Notes on vaccination in the North-West Frontier Province 1923-1928 - 1923-1928
Year: 1923
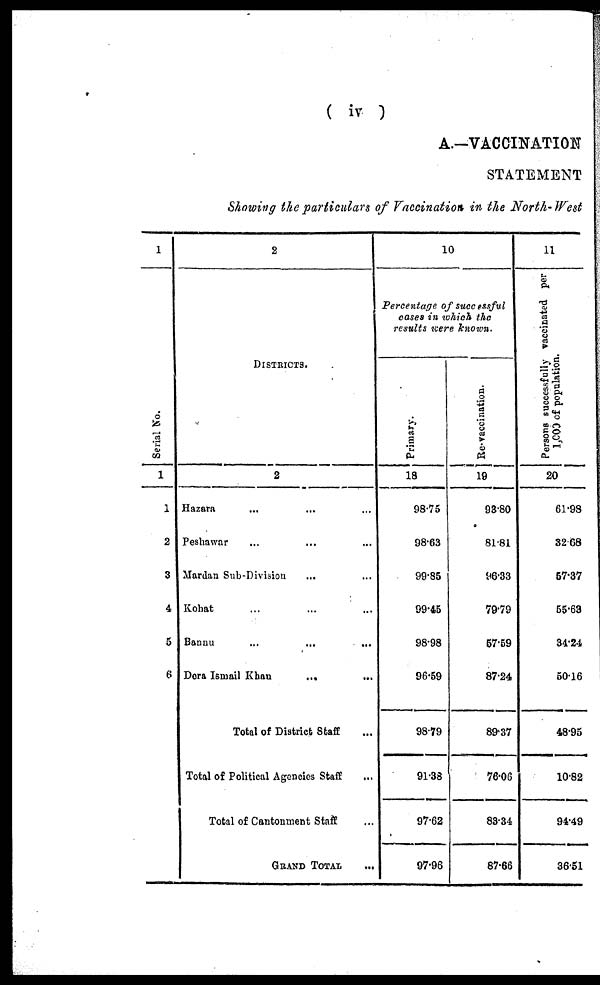
( iv )
A.—VACCINATION
STATEMENT
Showing the particulars of Vaccination in the North-West
1
Serial No.
1
1
2
3
4
5
6
DISTRICTS.
2
Hazara ... ... ...
Peshawar ... ... ...
Mardan Sub-Division ... ...
Kohat ... ... ...
Bannu
...
...
...
Dera Ismail Khan
... ...
Total of District Staff ...
Total of Political Agencies Staff ...
Total of Cantonment Staff ...
GRAND TOTAL ...
10
Percentage of successful
cases in which the
results were known.
Primary.
18
98.75
98.63
99.85
99.45
98.98
96.59
98.79
91.38
97.62
97.96
Re-vaccination.
19
93.80
81.81
96.33
79.79
57.59
87.24
89.37
76.06
83.31
87.66
11
Persons successfully vaccinated per
1,000 of population.
20
61.98
32.68
57.37
55.63
34.24
50.16
48.95
10.82
94.49
36.51